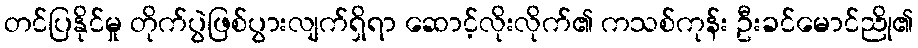
တင်ပြနိုင်မှု တိုက်ပွဲဖြစ်ပွားလျက်ရှိရာ ဆောင့်လိုးလိုက်၏ ကသစ်ကုန်း ဦးခင်မောင်ညို၏